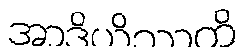
အာဒိယိဿတိ